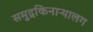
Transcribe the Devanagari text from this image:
समुद्रकिनाऱ्यालग